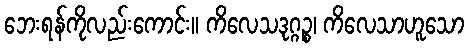
ဘေးရန်ကိုလည်းကောင်း။ ကိလေသဒုဂ္ဂဉ္စ၊ ကိလေသာဟူသော